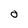
Character: 0